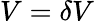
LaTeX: V=\delta V